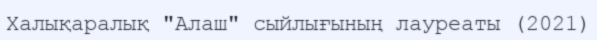
Халықаралық "Алаш" сыйлығының лауреаты (2021)